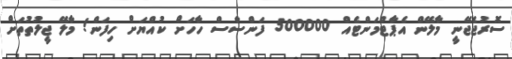
ސޮރުޖެޖޭނީ މާލޭން އެޕާޓްމަންޓެއް 500000 ފަންސާސް ހާހަށް ކުއްޔަށް ހިފަން! މާލޭ ޖީލުތުތަށް